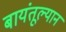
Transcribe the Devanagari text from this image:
बायंतूल्यान